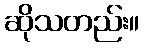
ဆိုသတည်း။